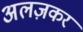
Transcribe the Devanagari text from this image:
अलज़कर